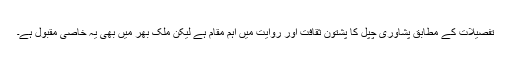
تفصیلات کے مطابق پشاوری چپل کا پشتون ثقافت اور روایت میں اہم مقام ہے لیکن ملک بھر میں بھی یہ خاصی مقبول ہے۔